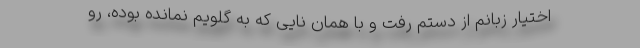
اختیار زبانم از دستم رفت و با همان نایی که به گلویم نمانده بوده، رو